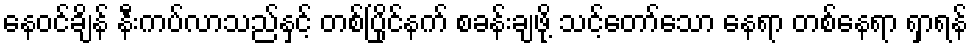
နေဝင်ချိန် နီးကပ်လာသည်နှင့် တစ်ပြိုင်နက် စခန်းချဖို့ သင့်တော်သော နေရာ တစ်နေရာ ရှာရန်